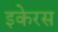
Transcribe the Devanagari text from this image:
इकेरस